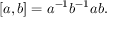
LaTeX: [ a , b ] = a ^ { - 1 } b ^ { - 1 } a b .